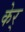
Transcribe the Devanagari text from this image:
केर्